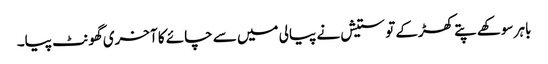
باہر سوکھے پتے کھڑکے تو ستیش نے پیالی میں سے چائے کا آخری گھونٹ پیا۔